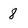
Character: 8